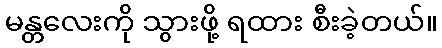
မန္တလေးကို သွားဖို့ ရထား စီးခဲ့တယ်။